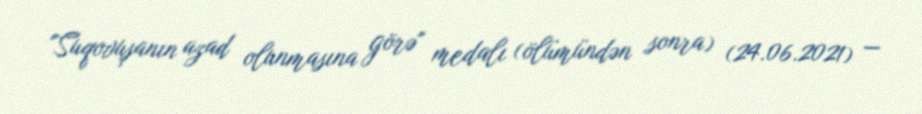
"Suqovuşanın azad olunmasına görə" medalı (ölümündən sonra) (24.06.2021) —